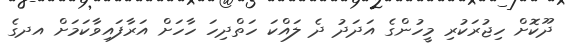
ދޫކޮށް ހިޖުރަކުރި މީހުންގެ އަދަދު ދެ ލައްކަ ހަތްދިހަ ހާހަށް އަރާފައިވާކަމަށް އދގެ